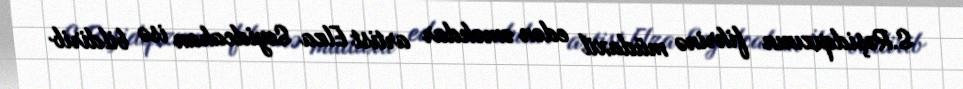
S.Rəşidqızının fikrinə müdaxil edən əməkdar artist Elza Seyidcahan isə bildirib